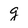
Character: g